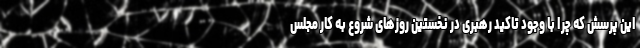
این پرسش که چرا با وجود تاکید رهبری در نخستین روزهای شروع به کار مجلس